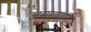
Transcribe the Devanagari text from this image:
अमरवाणी